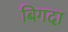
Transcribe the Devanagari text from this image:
बिगदा